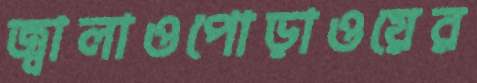
জ্বালাওপোড়াওয়ের